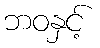
ဘဝနှင့်